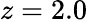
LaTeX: z=2.0